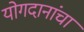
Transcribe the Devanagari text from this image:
योगदानांचा